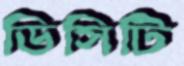
ডিসিটি